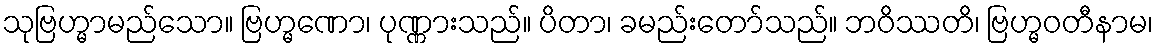
သုဗြဟ္မာမည်သော။ ဗြဟ္မဏော၊ ပုဏ္ဏားသည်။ ပိတာ၊ ခမည်းတော်သည်။ ဘဝိဿတိ၊ ဗြဟ္မဝတီနာမ၊